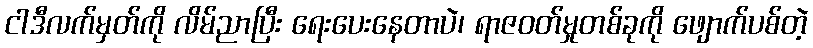
ငါဒီလက်မှတ်ကို လိမ်ညာပြီး ရေးပေးနေတာပဲ၊ ရာဇဝတ်မှုတစ်ခုကို ဖျောက်ပစ်တဲ့